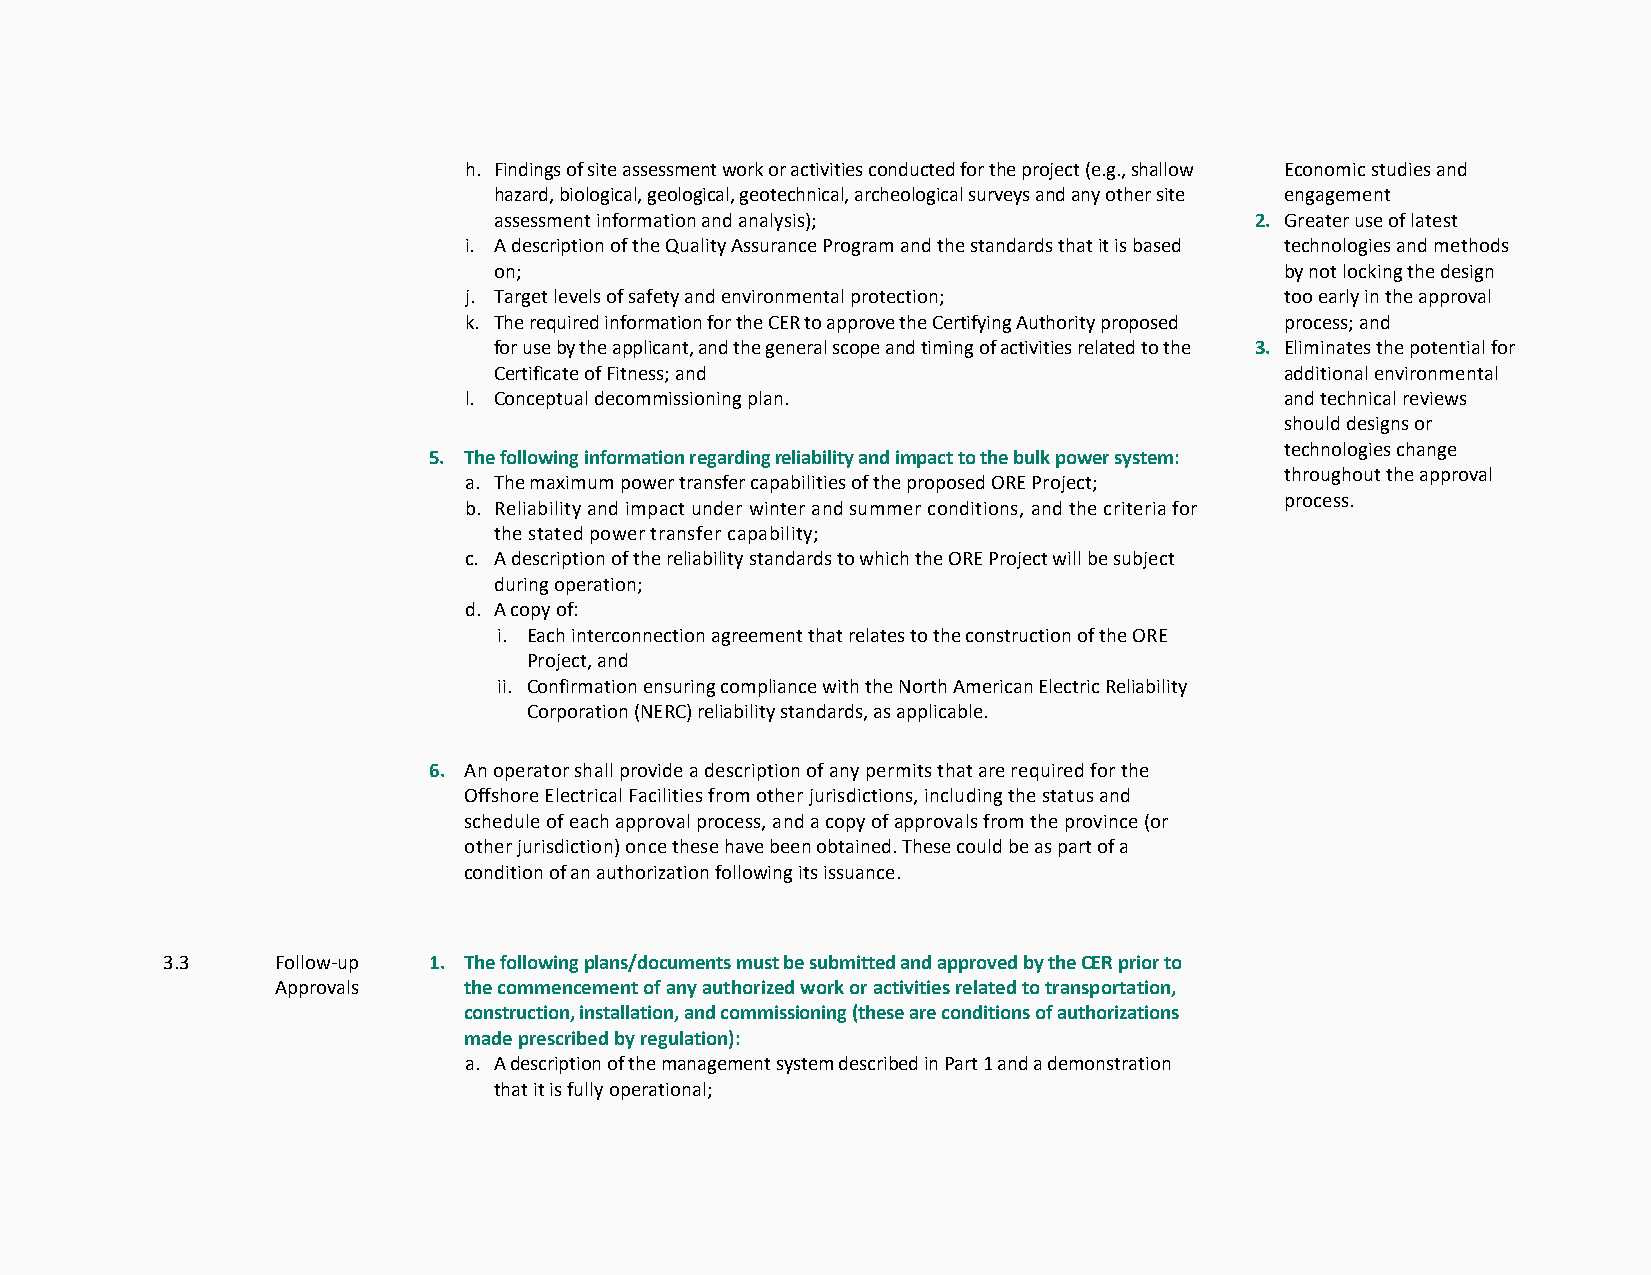
h. Findings of site assessment work or activities conducted for the project (e.g., shallow Economic studies and
 hazard, biological, geological, geotechnical, archeological surveys and any other site engagement
 assessment information and analysis);             2. Greater use of latest
 i. A description of the Quality Assurance Program and the standards that it is based technologies and methods
 on;                                                 by not locking the design
 j. Target levels of safety and environmental protection; too early in the approval
 k. The required information for the CER to approve the Certifying Authority proposed process; and
 for use by the applicant, and the general scope and timing of activities related to the 3. Eliminates the potential for
 Certificate of Fitness; and                         additional environmental
 l. Conceptual decommissioning plan.                   and technical reviews
 should designs or
 technologies change
 5. The following information regarding reliability and impact to the bulk power system:
 throughout the approval
 a. The maximum power transfer capabilities of the proposed ORE Project;
 process.
 b. Reliability and impact under winter and summer conditions, and the criteria for
 the stated power transfer capability;
 c. A description of the reliability standards to which the ORE Project will be subject
 during operation;
 d. A copy of:
 i. Each interconnection agreement that relates to the construction of the ORE
 Project, and
 ii. Confirmation ensuring compliance with the North American Electric Reliability
 Corporation (NERC) reliability standards, as applicable.
 6. An operator shall provide a description of any permits that are required for the
 Offshore Electrical Facilities from other jurisdictions, including the status and
 schedule of each approval process, and a copy of approvals from the province (or
 other jurisdiction) once these have been obtained. These could be as part of a
 condition of an authorization following its issuance.
 3.3    Follow-up 1. The following plans/documents must be submitted and approved by the CER prior to
 Approvals    the commencement of any authorized work or activities related to transportation,
 construction, installation, and commissioning (these are conditions of authorizations
 made prescribed by regulation):
 a. A description of the management system described in Part 1 and a demonstration
 that it is fully operational;